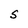
Character: S